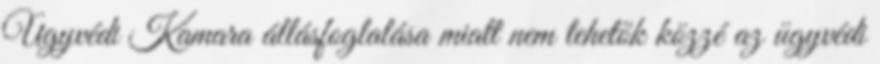
Ügyvédi Kamara állásfoglalása miatt nem tehetők közzé az ügyvédi